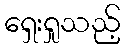
ရှေးရှုသည့်